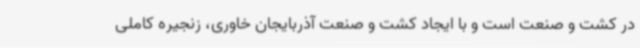
در کشت و صنعت است و با ایجاد کشت و صنعت آذربایجان خاوری، زنجیره کاملی